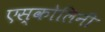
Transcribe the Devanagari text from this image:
एस्कोलिनी